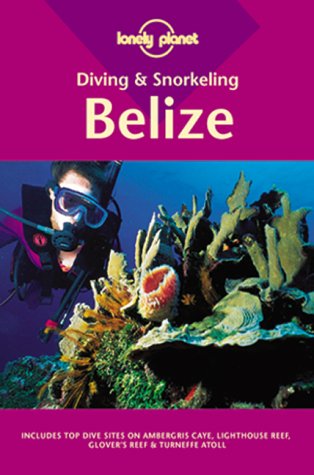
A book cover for Lonely Planet : Diving & Snorkeling Belize; Franz O. Meyer; Travel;